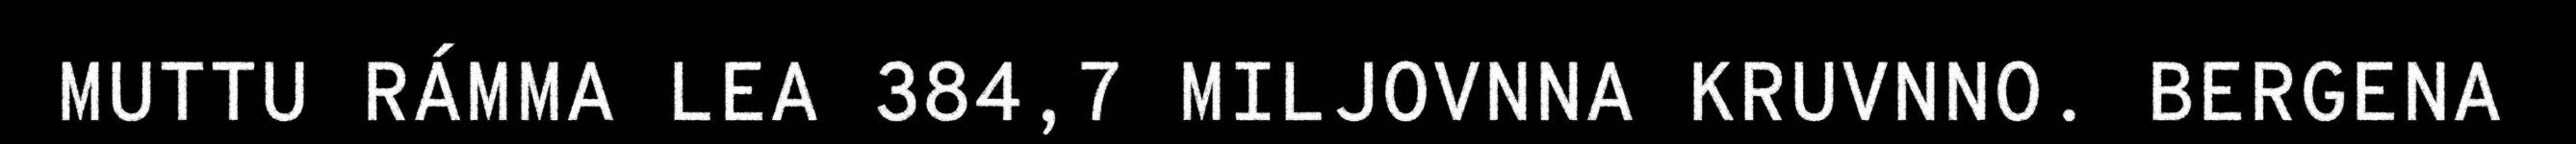
MUTTU RÁMMA LEA 384,7 MILJOVNNA KRUVNNO. BERGENA